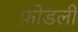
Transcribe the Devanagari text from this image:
फ़ोडली